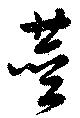
莖